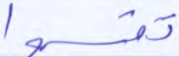
تقسموا